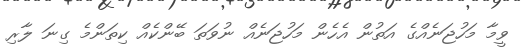
ވީމާ މަހުޖަނެއްގެ އަތުން އެހެން މަހުޖަނެއް ނުވަތަ ބޭންކެއް ކިތަންމެ ގިނަ ލާރި